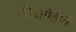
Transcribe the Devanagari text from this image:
सिओईपी